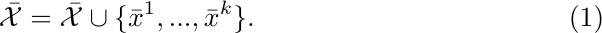
\begin{align}{\label{barXupdate}}
    \bar{\mathcal{X}}=\bar{\mathcal{X}} \cup \{\bar{x}^1,...,\Bar{x}^k \}.
\end{align}